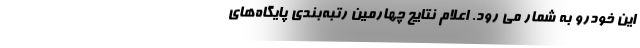
اين خودرو به شمار مي رود. اعلام نتایج چهارمین رتبه‌بندی پایگاه‌های